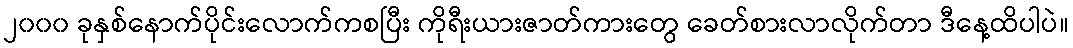
၂၀၀၀ ခုနှစ်နောက်ပိုင်းလောက်ကစပြီး ကိုရီးယားဇာတ်ကားတွေ ခေတ်စားလာလိုက်တာ ဒီနေ့ထိပါပဲ။